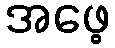
အဖေ့